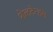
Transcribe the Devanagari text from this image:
शेलटेन्हम